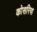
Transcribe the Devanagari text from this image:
कोसरिया